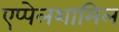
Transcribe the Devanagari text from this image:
एप्पेलशामिल